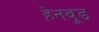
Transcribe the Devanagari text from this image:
हेनवूड